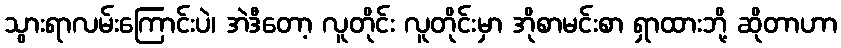
သွားရာလမ်းကြောင်းပဲ၊ အဲဒီတော့ လူတိုင်း လူတိုင်းမှာ အိုစာမင်းစာ ရှာထားဘို့ ဆိုတာဟာ